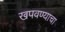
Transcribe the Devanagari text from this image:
खपवण्याचा